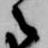
之